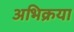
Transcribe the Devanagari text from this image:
अभिक्रया